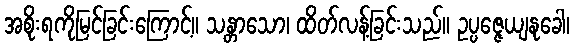
အစိုးရကိုမြင်ခြင်းကြောင့်။ သန္တာသော၊ ထိတ်လန့်ခြင်းသည်။ ဥပ္ပဇ္ဇေယျနုခေါ၊